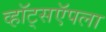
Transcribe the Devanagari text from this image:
व्हॉट्सऍपला